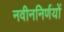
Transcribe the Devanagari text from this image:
नवीननिर्णयों